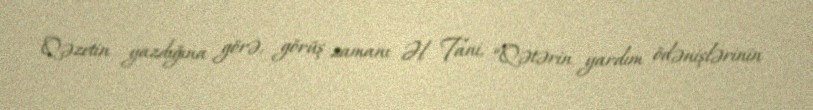
Qəzetin yazdığına görə, görüş zamanı Əl Tani, “Qətərin yardım ödənişlərinin